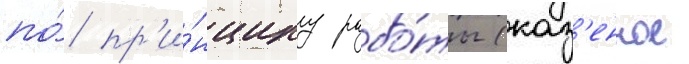
по́ пр'и́нципу рабо́ты (каз'енное